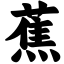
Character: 蕉